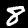
Digit: 8